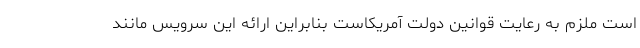
است ملزم به رعایت قوانین دولت آمریکاست بنابراین ارائه این سرویس مانند